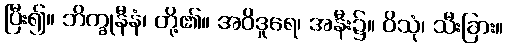
ပြီး၍။ ဘိက္ခုနီနံ၊ တို့၏။ အဝိဒူရေ၊ အနီး၌။ ဝိသုံ၊ သီးခြား။